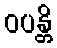
ဝပန္တိ